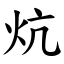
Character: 炕